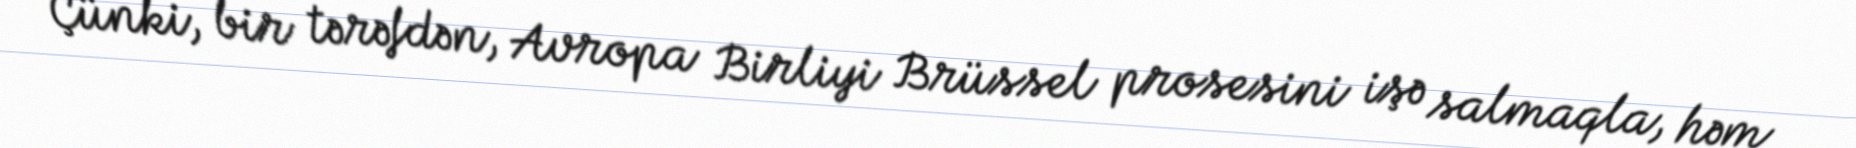
Çünki, bir tərəfdən, Avropa Birliyi Brüssel prosesini işə salmaqla, həm